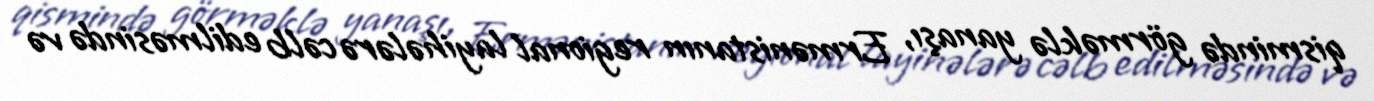
qismində görməklə yanaşı, Ermənistanın regional layihələrə cəlb edilməsində və